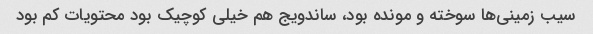
سیب زمینی‌ها سوخته و مونده بود، ساندویج هم خیلی کوچیک بود محتویات کم بود